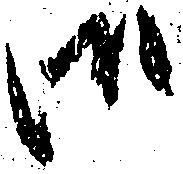
御